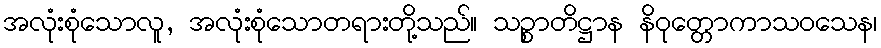
အလုံးစုံသောလူ, အလုံးစုံသောတရားတို့သည်။ သဉ္စာတိဋ္ဌာန နိဝုတ္တောကာသဝသေန၊